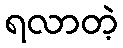
ရလာတဲ့